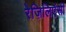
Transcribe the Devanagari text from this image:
रेज़िलिएंसी